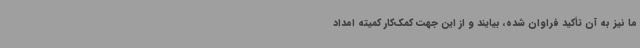
ما نیز به آن تأکید فراوان شده، بیایند و از این جهت کمک‌کار کمیته امداد